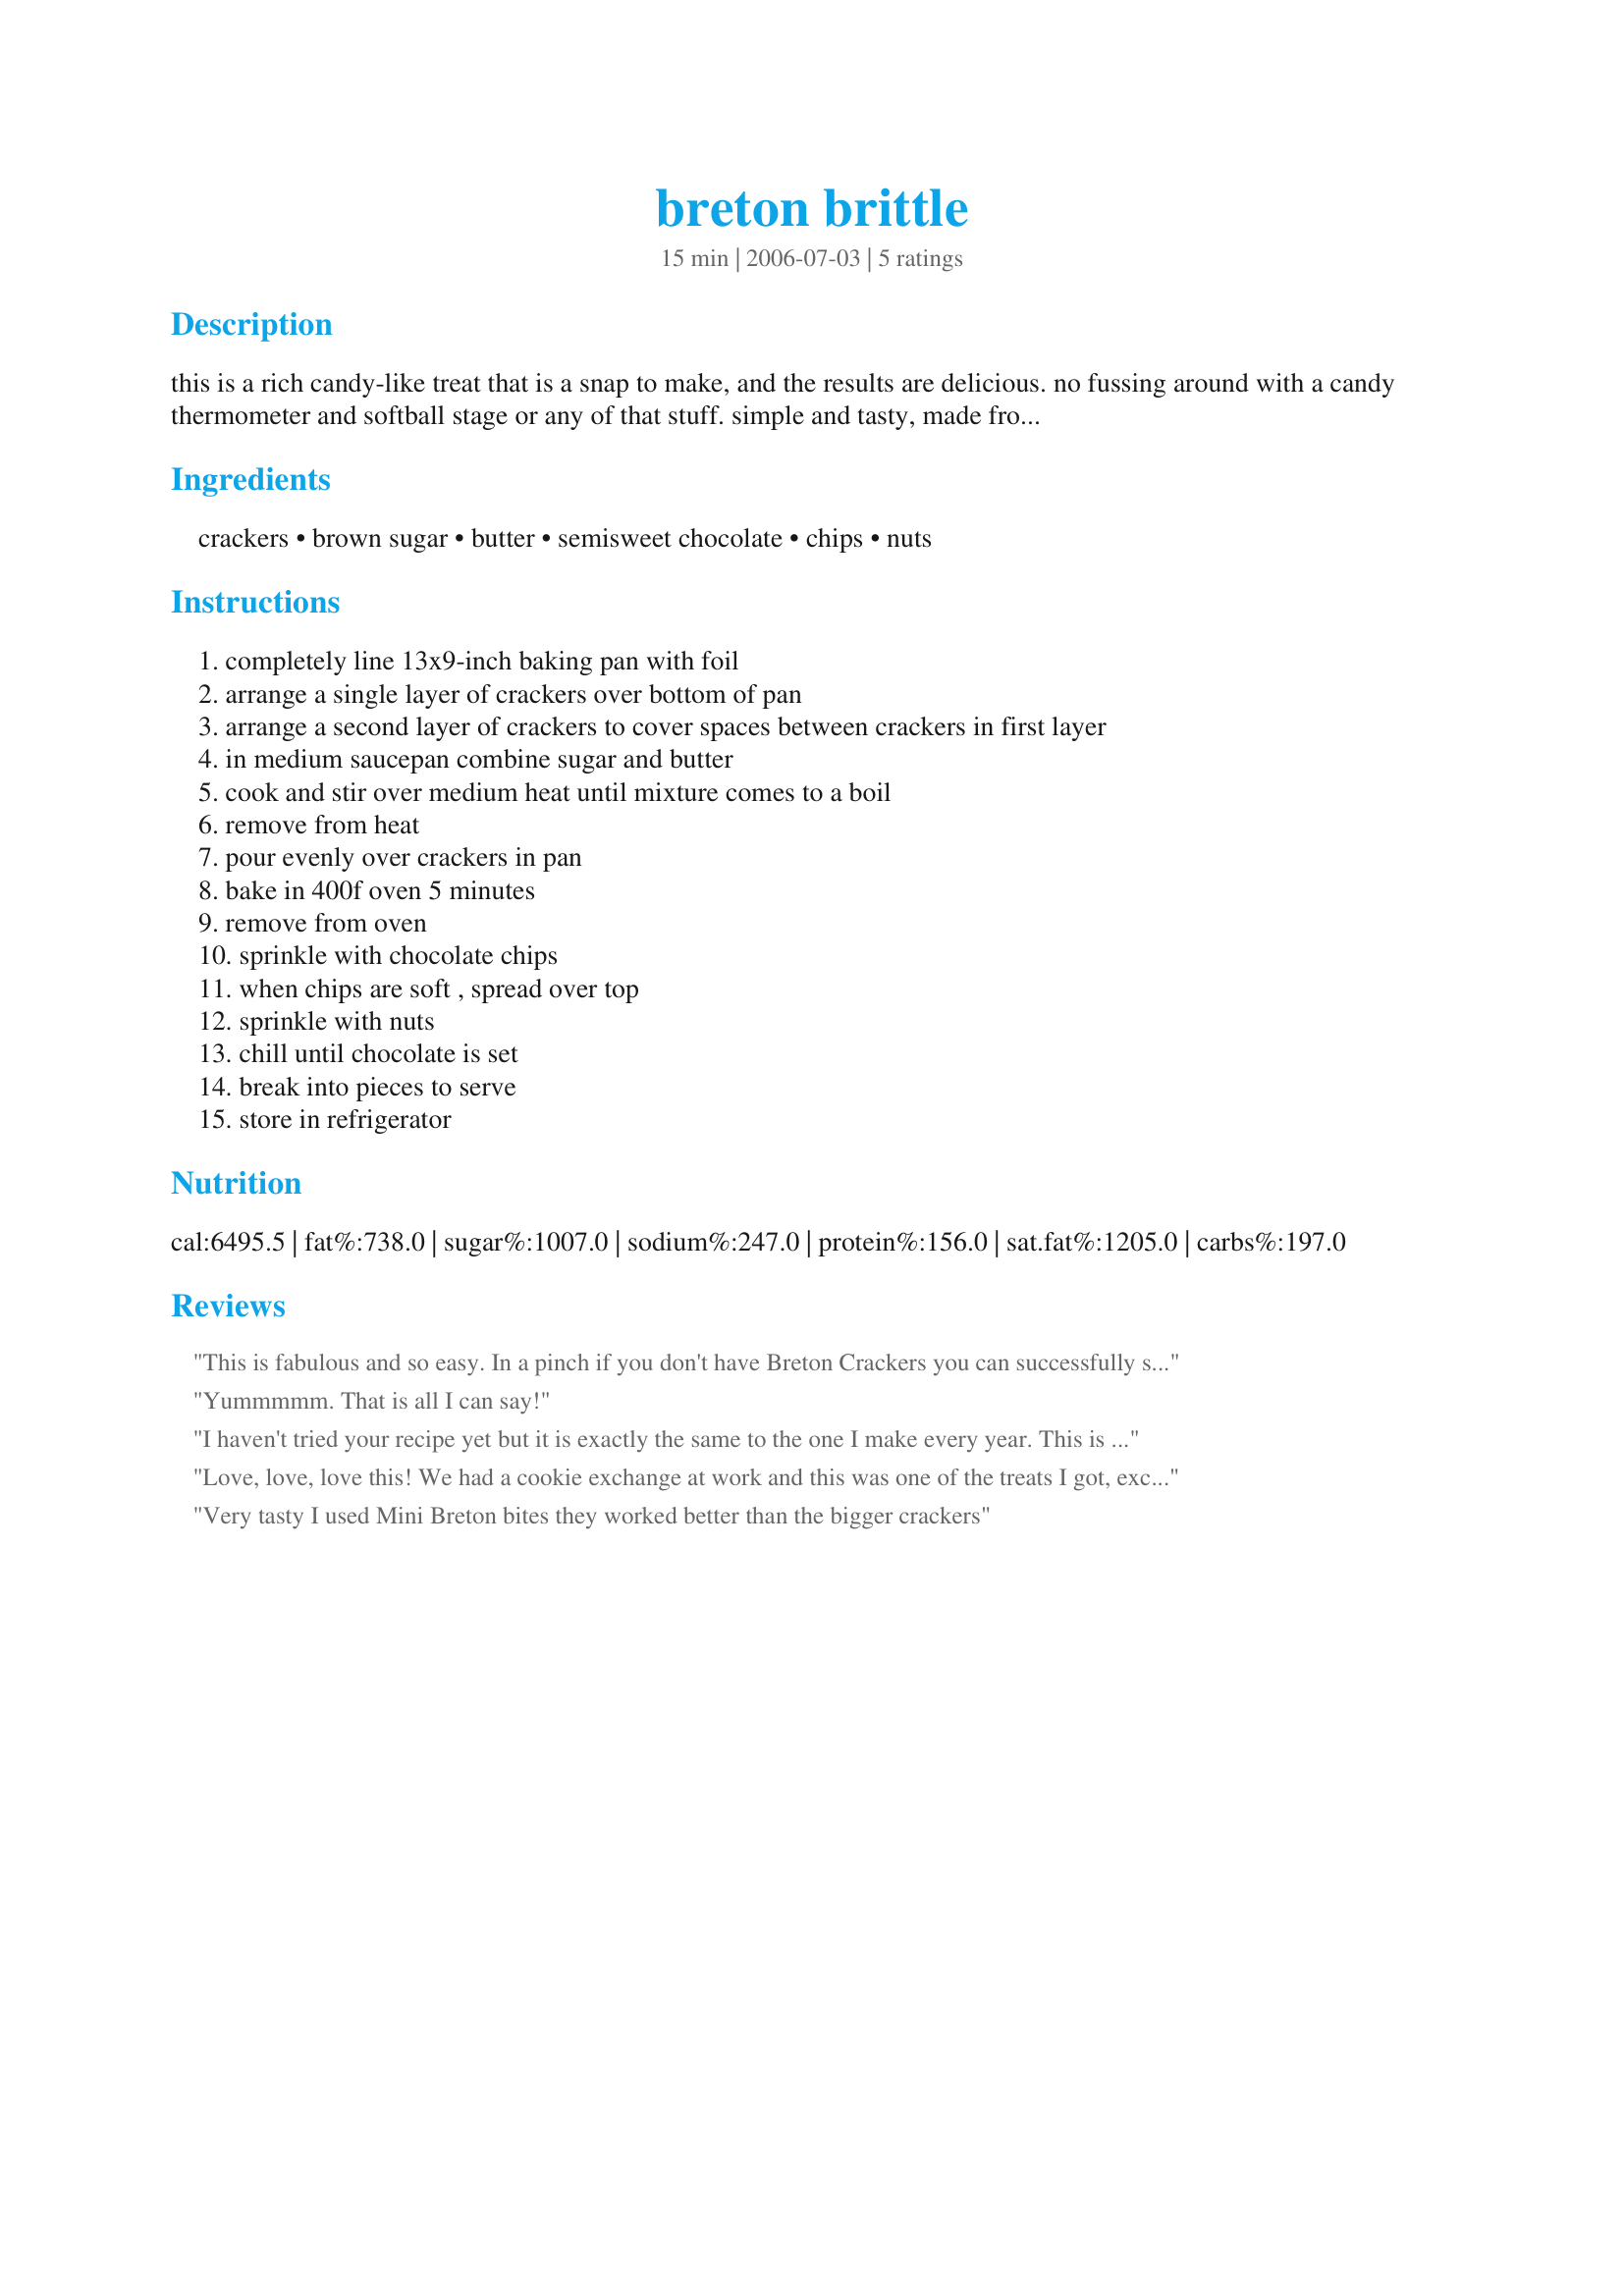
breton brittle
Preparation time: 15 minutes

this is a rich candy-like treat that is a snap to make, and the results are delicious. no fussing around with a candy thermometer and softball stage or any of that stuff. simple and tasty, made from breton crackers (unusual but good).

Ingredients:
crackers, brown sugar, butter, semisweet chocolate, chips, nuts

Steps:
completely line 13x9-inch baking pan with foil
arrange a single layer of crackers over bottom of pan
arrange a second layer of crackers to cover spaces between crackers in first layer
in medium saucepan combine sugar and butter
cook and stir over medium heat until mixture comes to a boil
remove from heat
pour evenly over crackers in pan
bake in 400f oven 5 minutes
remove from oven
sprinkle with chocolate chips
when chips are soft , spread over top
sprinkle with nuts
chill until chocolate is set
break into pieces to serve
store in refrigerator

Reviews:
This is fabulous and so easy. In a pinch if you don't have Breton Crackers you can successfully substitute soda crackers, club crackers or graham crackers. It will taste a little different but still delicious.
Yummmmm. That is all I can say!
I haven't tried your recipe yet but it is exactly the same to the one I make every year. This is an awesome treat for everyone! Better than a chocolate bar.
Love, love, love this! We had a cookie exchange at work and this was one of the treats I got, except this one was topped with mini M&M's instead of chopped nuts. I've heard you can also make them with Ritz crackers instead of Bretons
Very tasty I used Mini Breton bites they worked better than the bigger crackers
